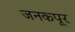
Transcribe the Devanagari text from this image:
जनकपूर